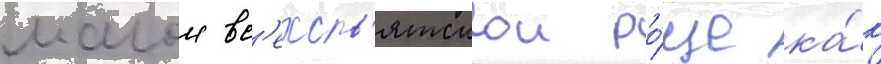
малои вс'ехсв'ятскои ро́ще ка́к